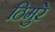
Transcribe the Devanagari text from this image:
ठिमुरे